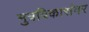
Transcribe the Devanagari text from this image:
मुत्रविकारांवर